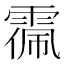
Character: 𩃥